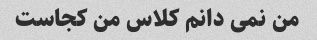
من نمی دانم کلاس من کجاست